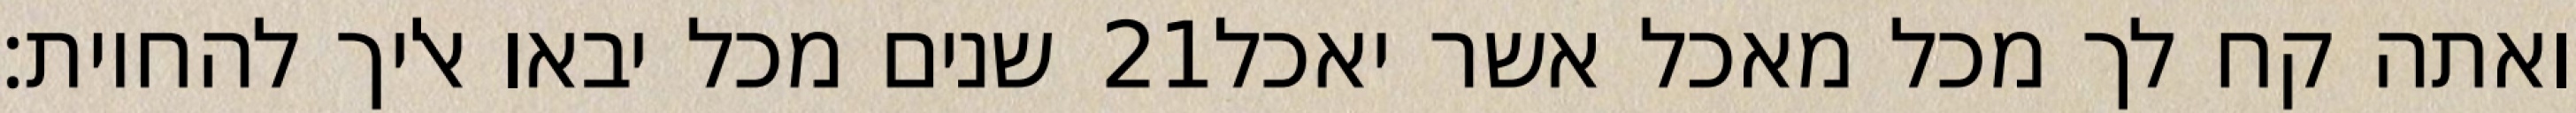
שנים מכל יבאו אליך להחיות׃ ‎21‏ ואתה קח לך מכל מאכל אשר יאכל